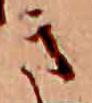
き